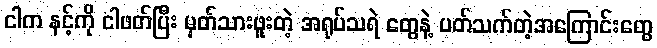
ငါက နင့်ကို ငါဖတ်ပြီး မှတ်သားဖူးတဲ့ အရုပ်သရဲ တွေနဲ့ ပတ်သက်တဲ့အကြောင်းတွေ